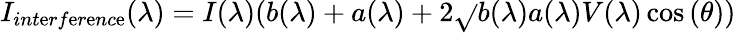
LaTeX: I_{int\mathrm{e}rf\mathrm{e}r\mathrm{e}nc\mathrm{e}}(\lambda)=I(\lambda)(b(\lambda)+a(\lambda)+2\sqrt{}{{b(\lambda)a(\lambda)}}V(\lambda)\cos{(\theta)})